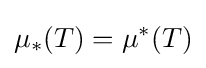
\mu _{*}(T)=\mu ^{*}(T)